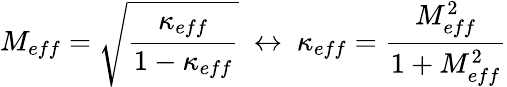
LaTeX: M_{eff}=\sqrt{\frac{\kappa_{eff}}{1-\kappa_{eff}}}~\leftrightarrow~\kappa_{eff}=\frac{M_{eff}^{2}}{1+M_{eff}^{2}}